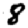
Digit: 8